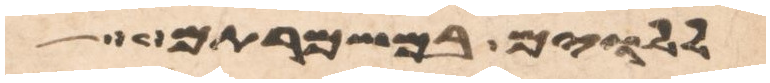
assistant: ללוים במשמרתם